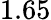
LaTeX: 1.65